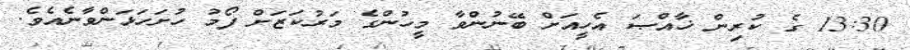
13:30 ގެ ކުރިން ޚާއްޞަ އެހީއަށް ބޭނުންވާ މީހުންގެ މަރުކަޒަށް ފޯމު ހުށަހަޅަންވާނެއެވެ.